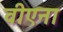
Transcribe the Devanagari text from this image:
वीएना